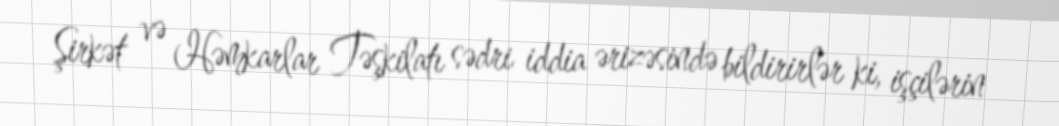
Şirkət və Həmkarlar Təşkilatı sədri iddia ərizəsində bildirirlər ki, işçilərin